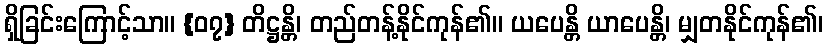
ရှိခြင်းကြောင့်သာ။ {၀၇} တိဋ္ဌန္တိ၊ တည်တန့်နိုင်ကုန်၏။ ယပေန္တိ ယာပေန္တိ၊ မျှတနိုင်ကုန်၏၊